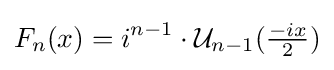
F_{n}(x)=i^{n-1}\cdot {\mathcal {U}}_{n-1}({\tfrac {-ix}{2}})